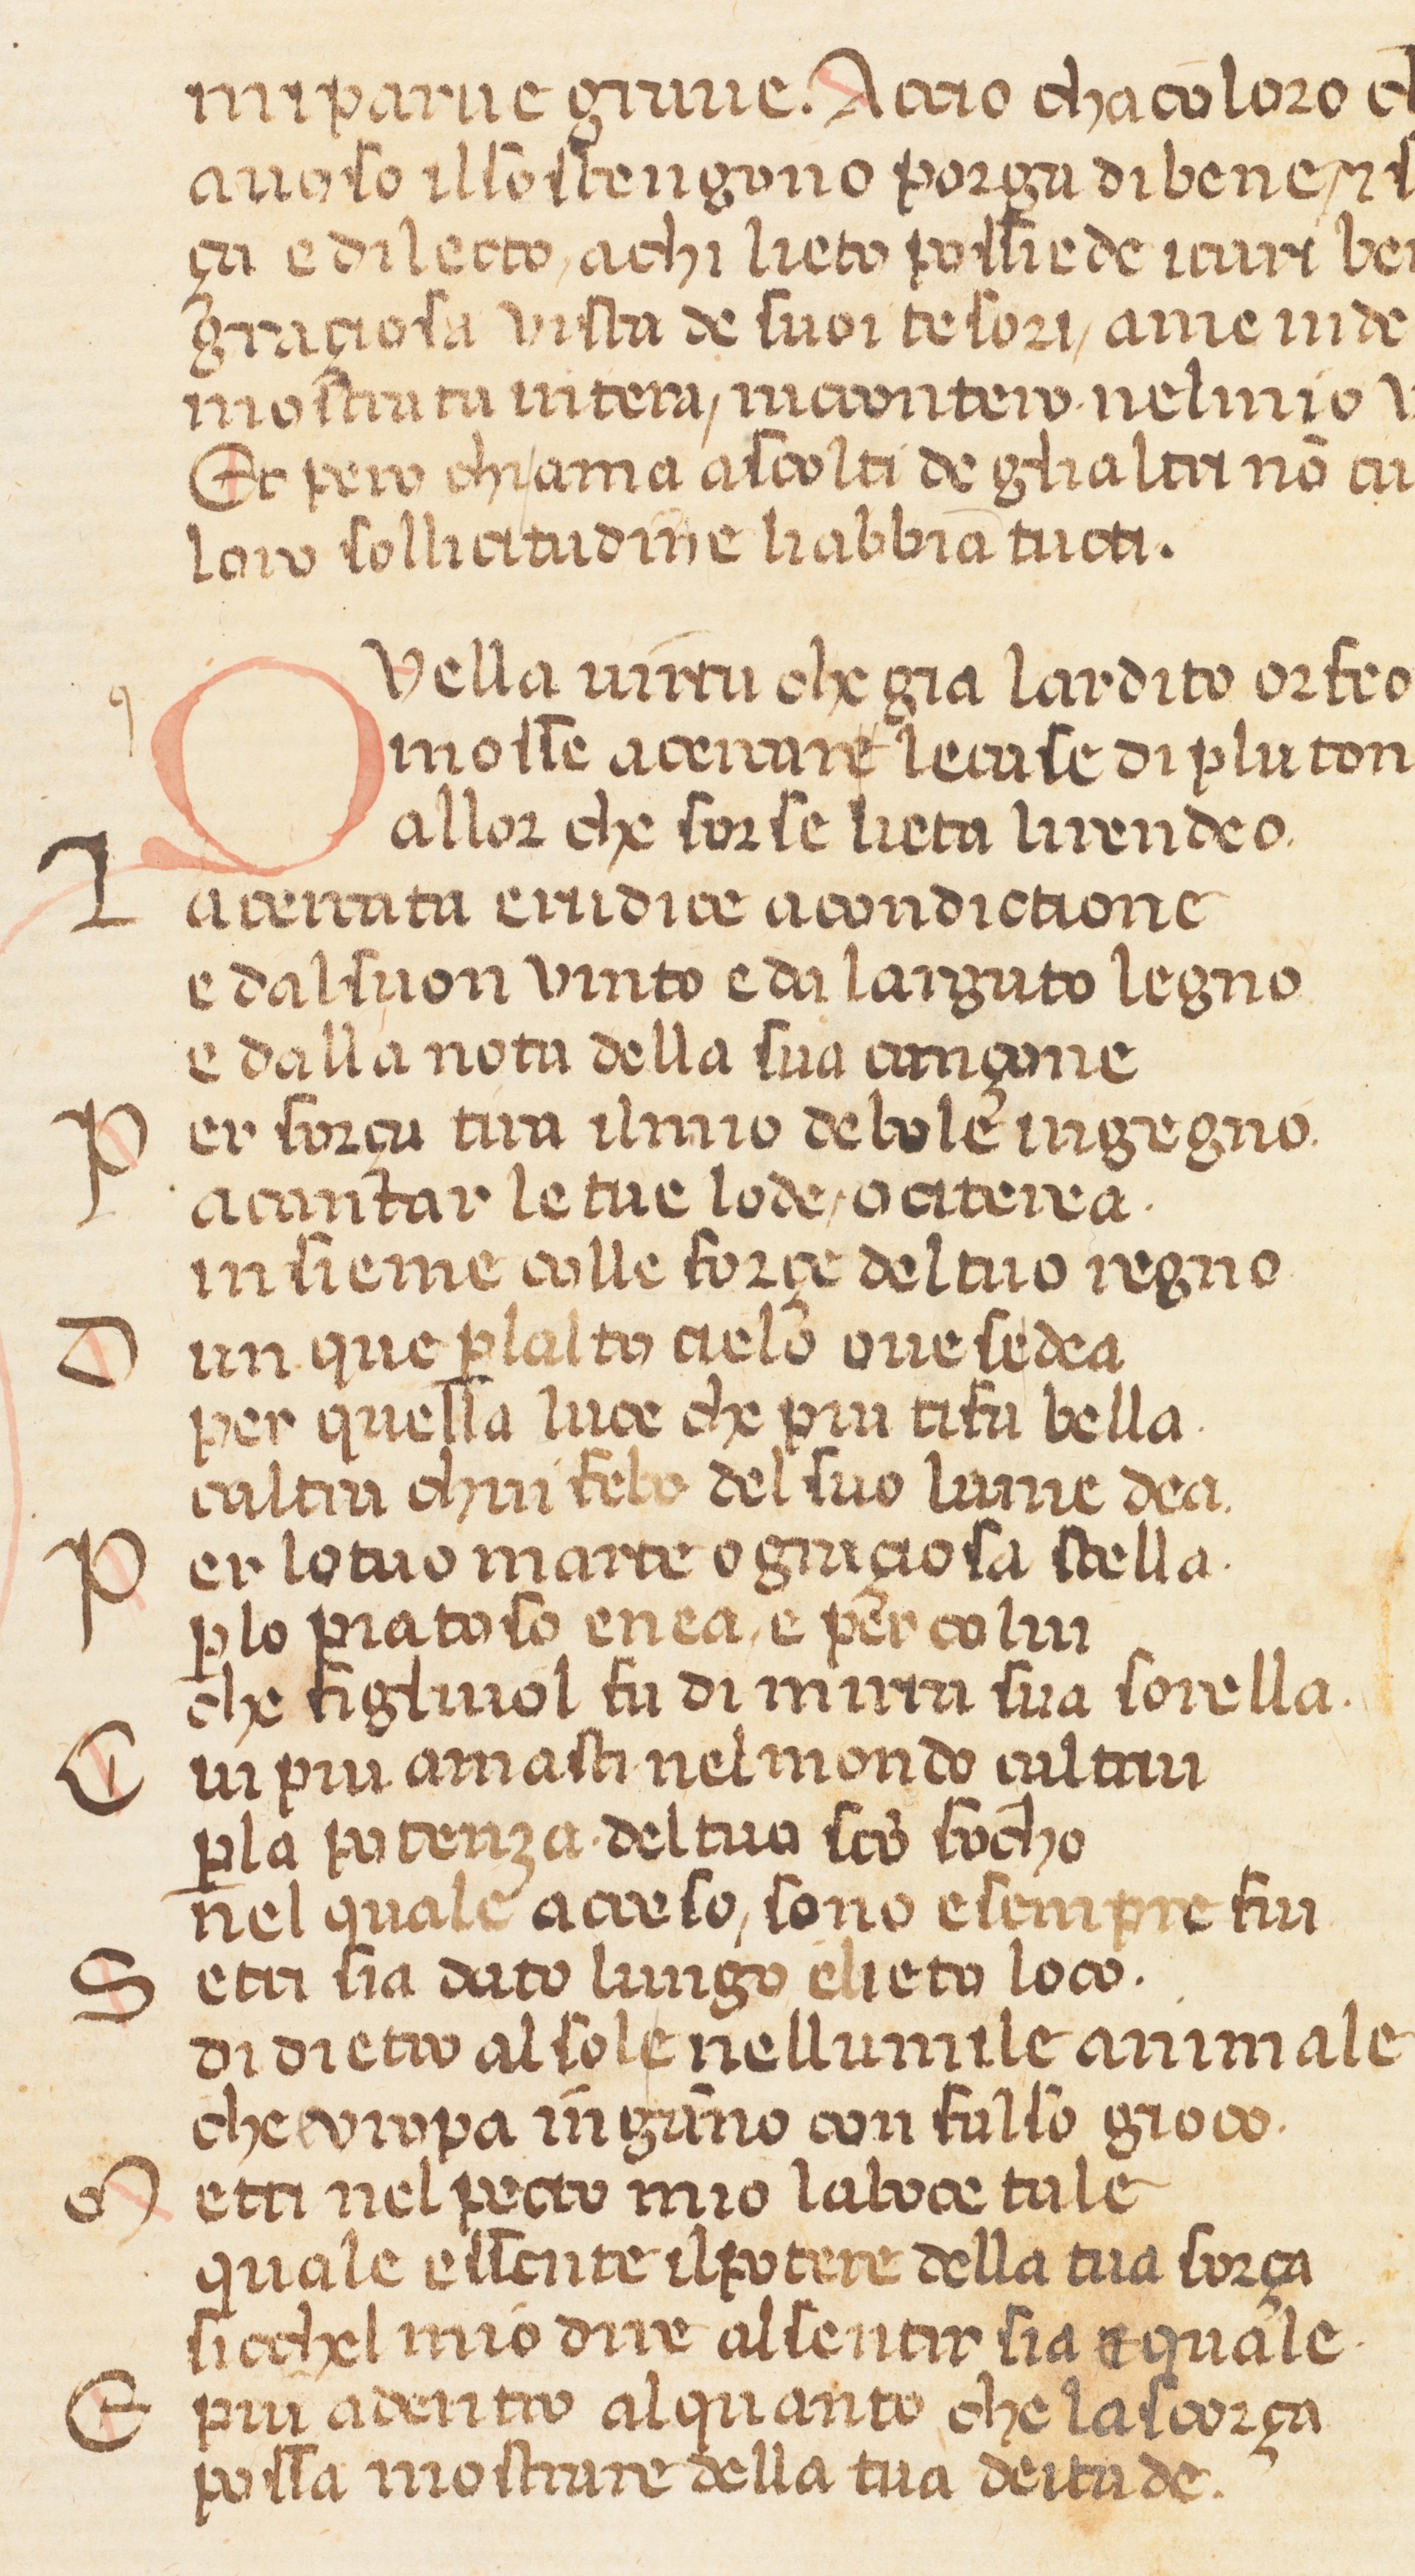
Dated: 1360–1370